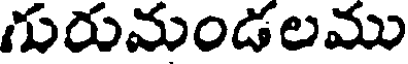
గురుమండలము